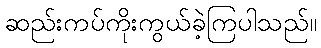
ဆည်းကပ်ကိုးကွယ်ခဲ့ကြပါသည်။